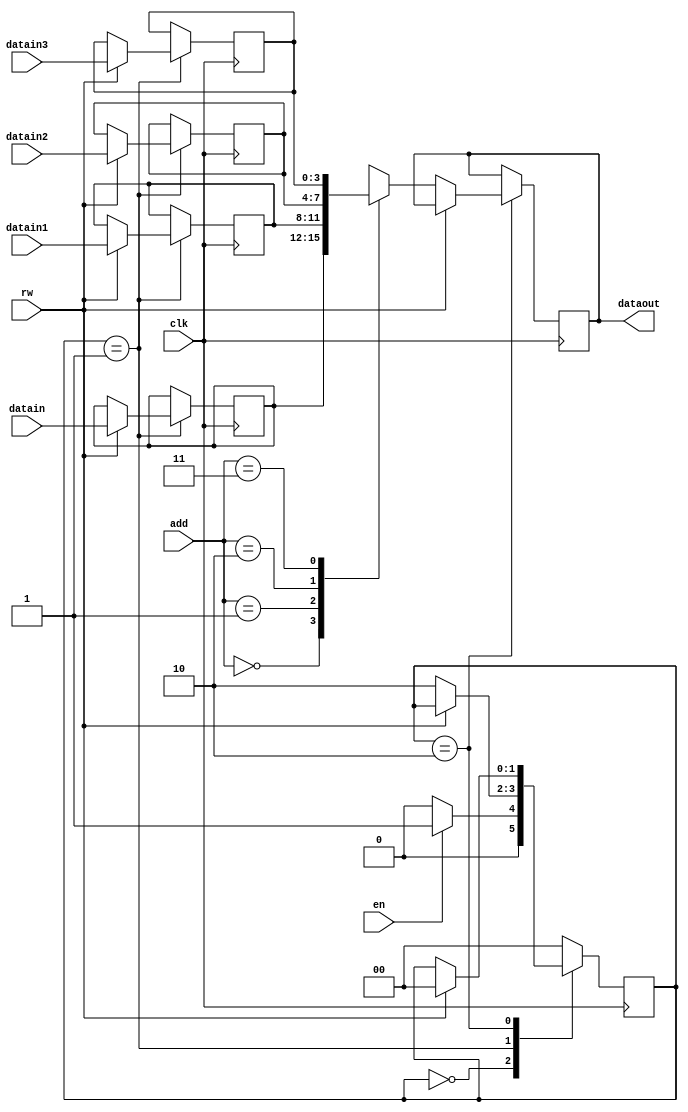
module memory_design (dataout,datain,datain1,datain2,datain3,add,rw,en,clk);
  input [3:0] datain,datain1,datain2,datain3;
  input rw,en,clk;
output reg [3:0] dataout;
  
parameter s0=2'b00,s1=2'b01,s2=2'b10;
   
input [0:1]add;
   
reg [1:0]state;
   
reg [3:0] mem[0:3];
  always @ (posedge clk)
  begin
    case(state)
      s0:if(en)
          state = s1;
        else
          state = s0;
       s1:if(rw)
       begin
        mem [0] = datain;
        mem [1] = datain1;
        mem [2] = datain2;
        mem [3] = datain3;
       end
     else
       begin
       state = s2;
     end
     s2:if(!rw)
       dataout =mem[add];
     else
       state = s0;
     default:state = s0;
   endcase
   end 
 endmodule
 module mem_des (datain,en,rw,addr,dataout);
   input [3:0]datain;
   input en,rw;
   input [0:3]addr;
   output reg [3:0]dataout;
   reg [3:0]mem[0:8];
   always @ (*)
   begin
     if(en)
       begin
         if(rw)
           mem[addr]=datain;
         else
           dataout=mem[addr];
         end
       else
         dataout=4'bz;
  end
endmodule